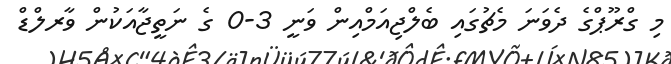
މި ގްރޫޕްގެ ދެވަނަ މެޗުގައި ބެލްޖިއަމްއިން ވަނީ 3-0 ގެ ނަތީޖާއަކުން ވާރލްޑް